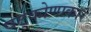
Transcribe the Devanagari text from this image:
षट्कोणाकारं